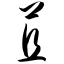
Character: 苴